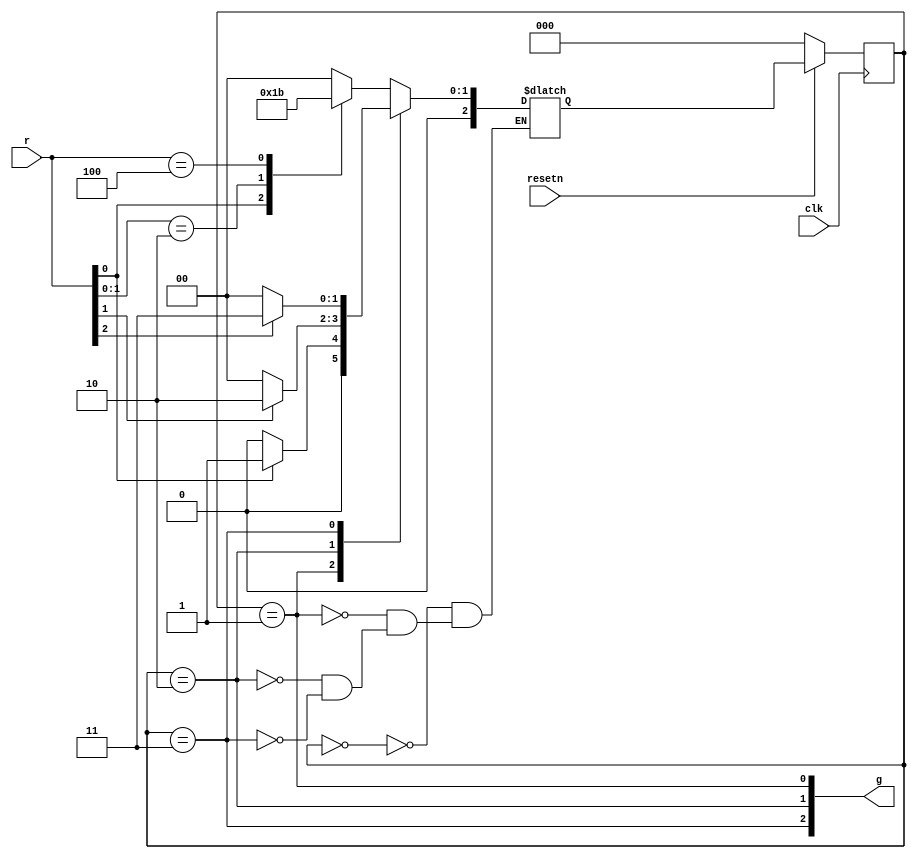
module top_module (
    input clk,
    input resetn,    // active-low synchronous reset
    input [3:1] r,   // request
    output [3:1] g   // grant
); 
	parameter A=0,B=1,C=2,D=3;
    reg [2:0] state,next;
    always @(*) begin
        case(state)
            A: begin
                casex(r)
                    3'bxx1:next=B;
                    3'bx10:next=C;
                    3'b100:next=D;
                    default: next=A;
                endcase
            end
            B: next = r[1] ? B:A;
            C: next = r[2] ? C:A;
            D: next = r[3] ? D:A;
        endcase
    end
    
    always @(posedge clk)
        begin
            if(!resetn) state<=A;
            else state<=next;
        end
    
    assign g = {state==D,state==C,state==B}; 
    
endmodule